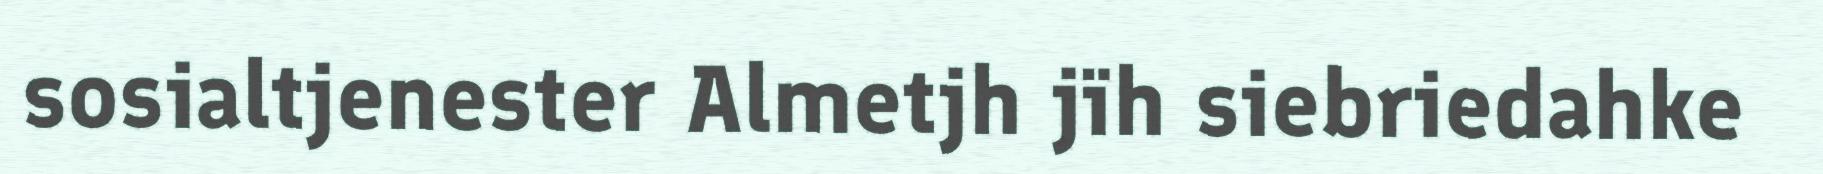
sosialtjenester Almetjh jïh siebriedahke